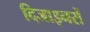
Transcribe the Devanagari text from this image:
दिजाइनरों